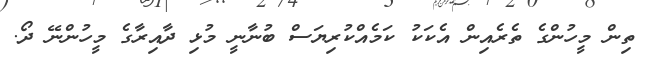
ތިން މީހުންގެ ތެރެއިން އެކަކު ކަމެއްކުރިޔަސް ބުނާނީ މުޅި ދާއިރާގެ މީހުންނޭ ދޯ.